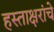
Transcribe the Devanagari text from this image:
हस्ताक्षरांचे